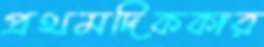
প্রথমদিককার